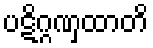
ပဋိဂ္ဂဏှထာတိ